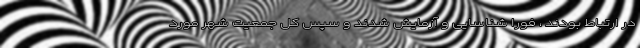
در ارتباط بودند ، فورا شناسایی و آزمایش شدند و سپس کل جمعیت شهر مورد